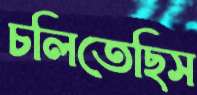
চলিতেছিস